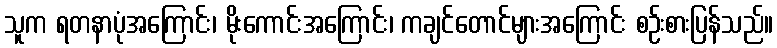
သူက ရတနာပုံအကြောင်း၊ မိုးကောင်းအကြောင်း၊ ကချင်တောင်များအကြောင်း စဉ်းစားပြန်သည်။